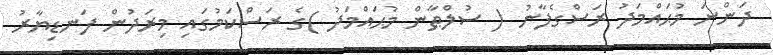
ދަންނަ މުޙައްމަދު ރަސްގެފާނު ( ސުލްޠާން މުޙައްމަދު )ގެ ރަސްކަމުގައި މިރަދުން ފަނޑިޔާރު